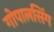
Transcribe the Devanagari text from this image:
गोपालसिंग